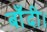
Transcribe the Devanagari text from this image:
बाँदी।